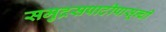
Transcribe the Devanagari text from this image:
समुद्रसपाटीपासून्ची